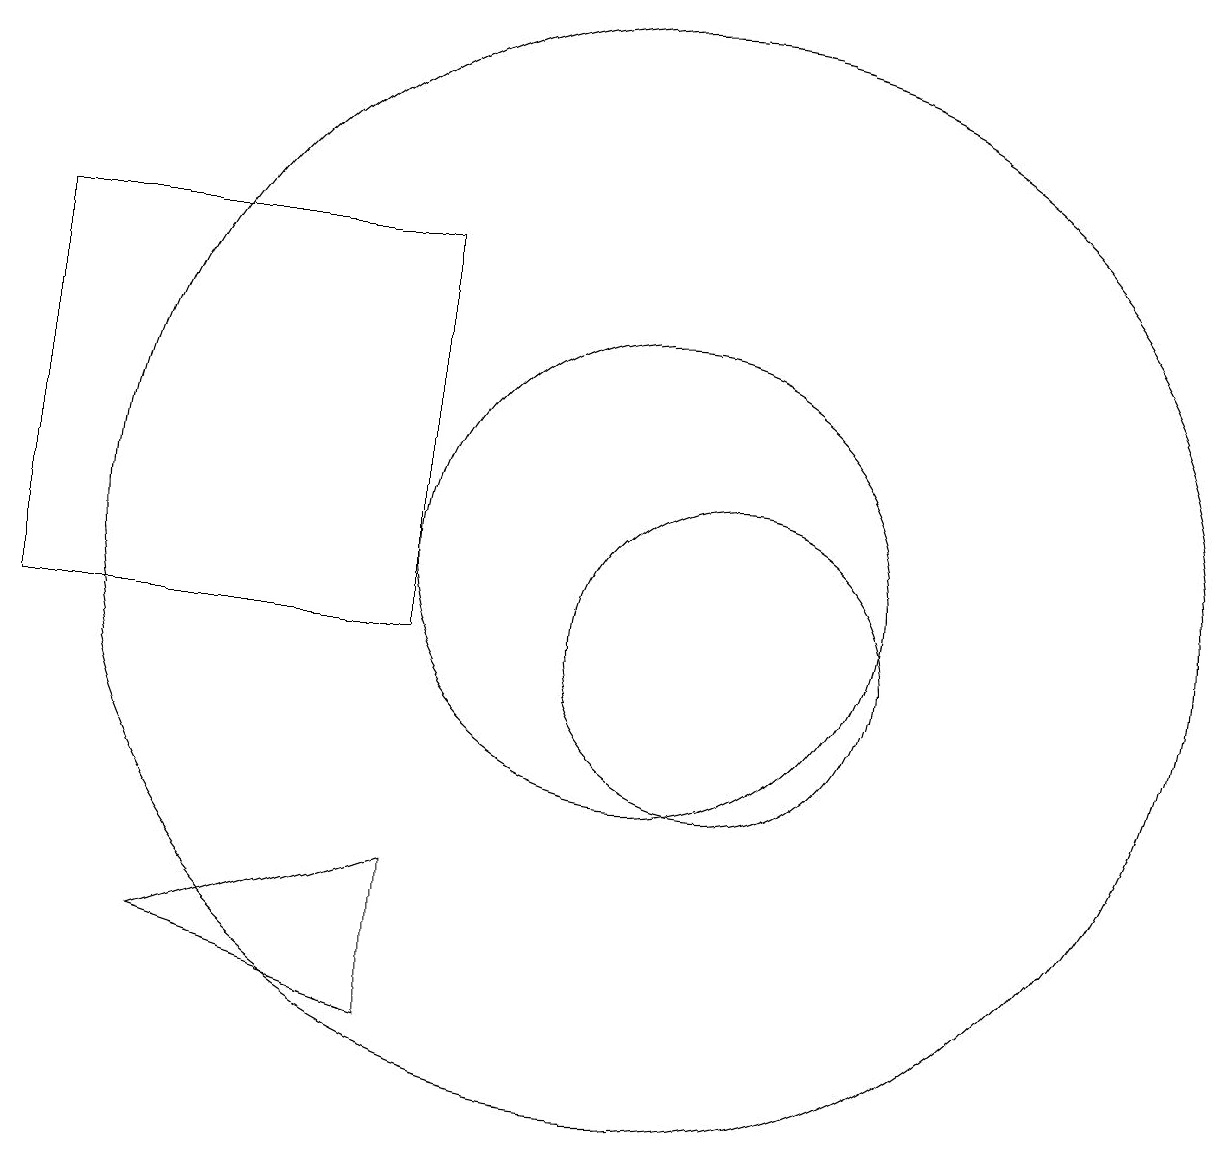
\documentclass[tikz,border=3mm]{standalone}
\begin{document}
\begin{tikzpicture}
\draw (10,11) circle (3);
\draw (4,6) -- (7,7) -- (7,5) -- cycle;
\draw (11,10) circle (2);
\draw (10,11) circle (7);
\draw (2,10) rectangle (7,15);
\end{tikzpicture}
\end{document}